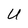
Character: U